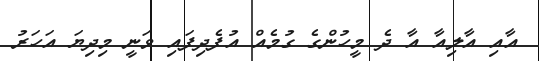
އާއި އާލިއާ އާ ދެ މީހުންގެ ގުުމެއް އުފެދިފައި ވަނީ މިދިޔަ އަހަރު